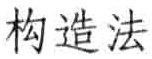
构造法